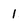
Character: 1